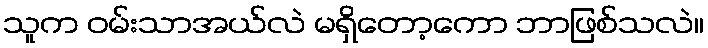
သူက ဝမ်းသာအယ်လဲ မရှိတော့ကော ဘာဖြစ်သလဲ။